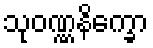
သုဝဏ္ဏနိက္ခော